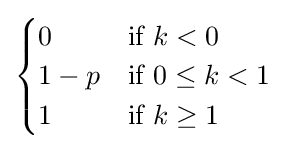
{\begin{cases}0&{\text{if }}k<0\\1-p&{\text{if }}0\leq k<1\\1&{\text{if }}k\geq 1\end{cases}}